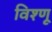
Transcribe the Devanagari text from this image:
विश्णू